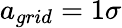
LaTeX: a_{grid}=1\sigma